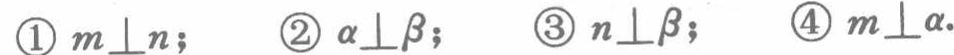
\textcircled{1} \(m\perp n\); \textcircled{2} \(\alpha\perp\beta\); \textcircled{3} \(n\perp\beta\); \textcircled{4} \(m\perp\alpha\).